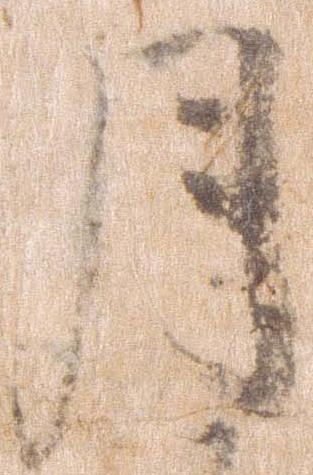
月